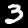
Label: 3